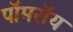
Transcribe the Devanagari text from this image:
पॉमरॉय